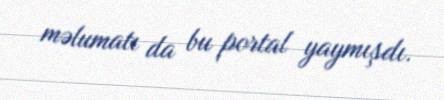
məlumatı da bu portal yaymışdı.